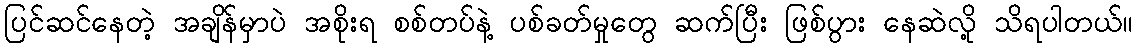
ပြင်ဆင်နေတဲ့ အချိန်မှာပဲ အစိုးရ စစ်တပ်နဲ့ ပစ်ခတ်မှုတွေ ဆက်ပြီး ဖြစ်ပွား နေဆဲလို့ သိရပါတယ်။